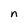
Character: n